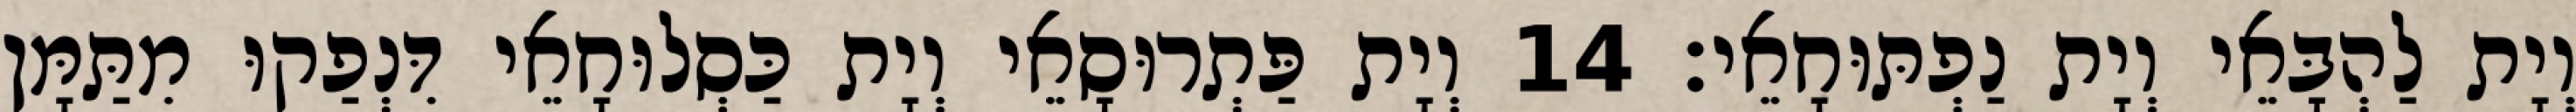
וְיָת לַהְבָּאֵי וְיָת נַפְתּוּחָאֵי׃ 14 וְיָת פַּתְרוּסָאֵי וְיָת כַּסְלוּחָאֵי דִּנְפַקוּ מִתַּמָּן